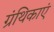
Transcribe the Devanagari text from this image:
ग्रंथिकाएं